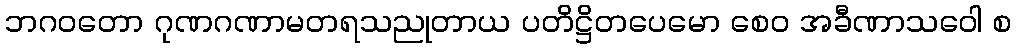
ဘဂဝတော ဂုဏဂဏာမတရသညုတာယ ပတိဋ္ဌိတပေမော စေဝ အခီဏာသဝေါ စ